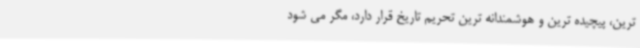
ترین، پیچیده ترین و هوشمندانه ترین تحریم تاریخ قرار دارد، مگر می شود